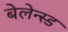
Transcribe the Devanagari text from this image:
बेलेन्स्ड